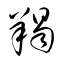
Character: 羯